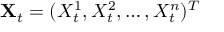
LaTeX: \mathbf { X } _ { t } = ( X _ { t } ^ { 1 } , X _ { t } ^ { 2 } , \ldots , X _ { t } ^ { n } ) ^ { T }